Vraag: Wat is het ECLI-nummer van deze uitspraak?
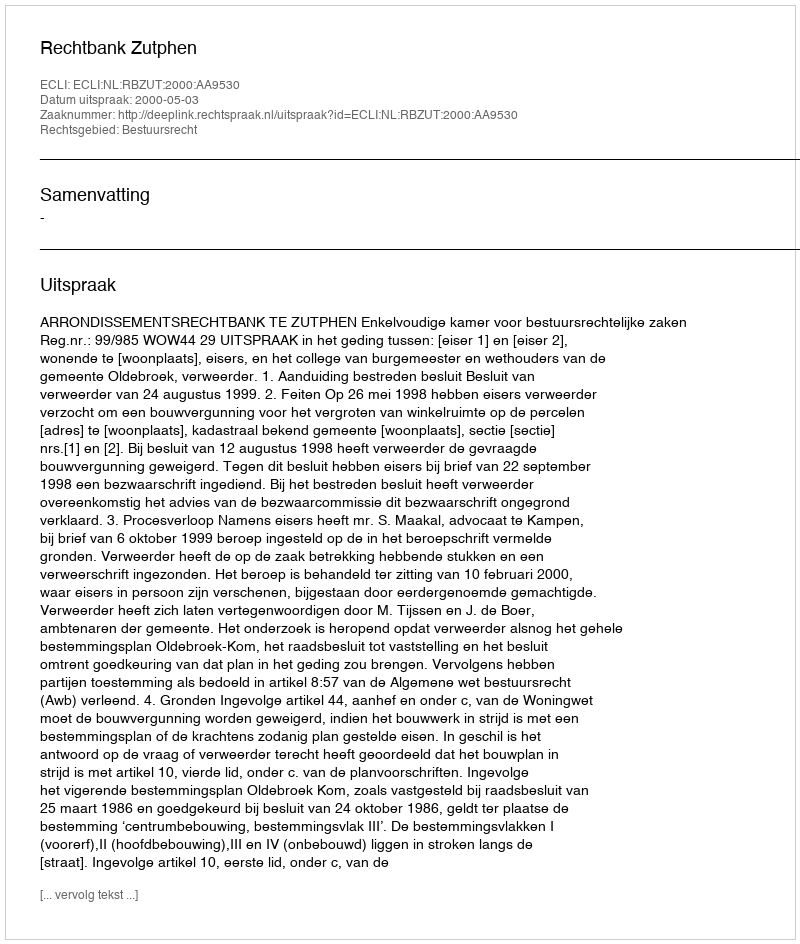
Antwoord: ECLI:NL:RBZUT:2000:AA9530